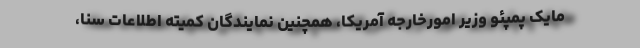
مایک پمپئو وزیر امورخارجه آمریکا، همچنین نمایندگان کمیته اطلاعات سنا،